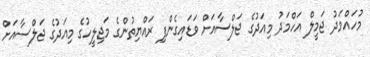
މުހައްމަދު ޖަމީލް އަހްމަދު މިއަދުގެ ޖަލްސާއަށް ވަޑައިގެންފި ރައްޔިތުންގެ މަޖިލީހުގެ މިއަދުގެ ޖަލްސާއަށް